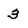
Character: 3